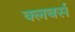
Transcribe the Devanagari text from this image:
क्लबर्स